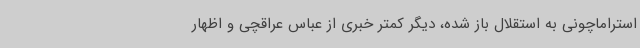
استراماچونی به استقلال باز شده، دیگر کمتر خبری از عباس عراقچی و اظهار